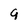
Character: 9